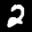
Label: 2